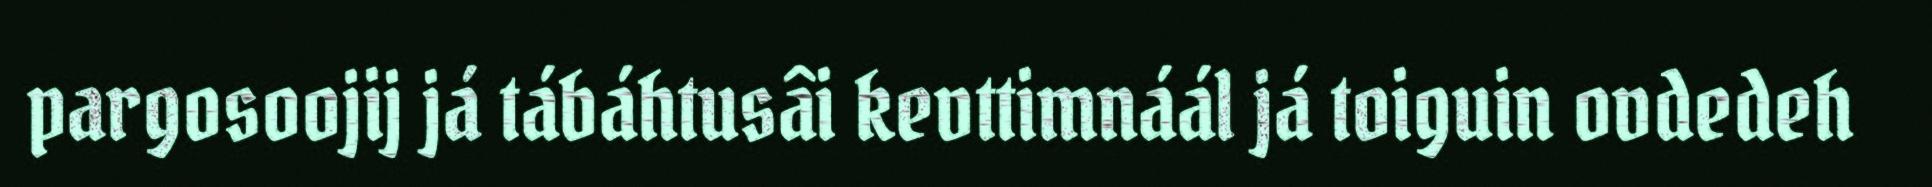
pargosoojij já tábáhtusâi kevttimnáál já toiguin ovdedeh